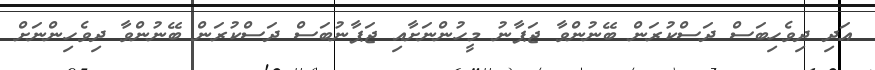
އަދި ދިވެހިބަސް ދަސްކުރަން ބޭނުންވާ ޖަޕާނު މީހުންނަށާއި ޖަޕާނުބަސް ދަސްކުރަން ބޭނުންވާ ދިވެހިންނަށް